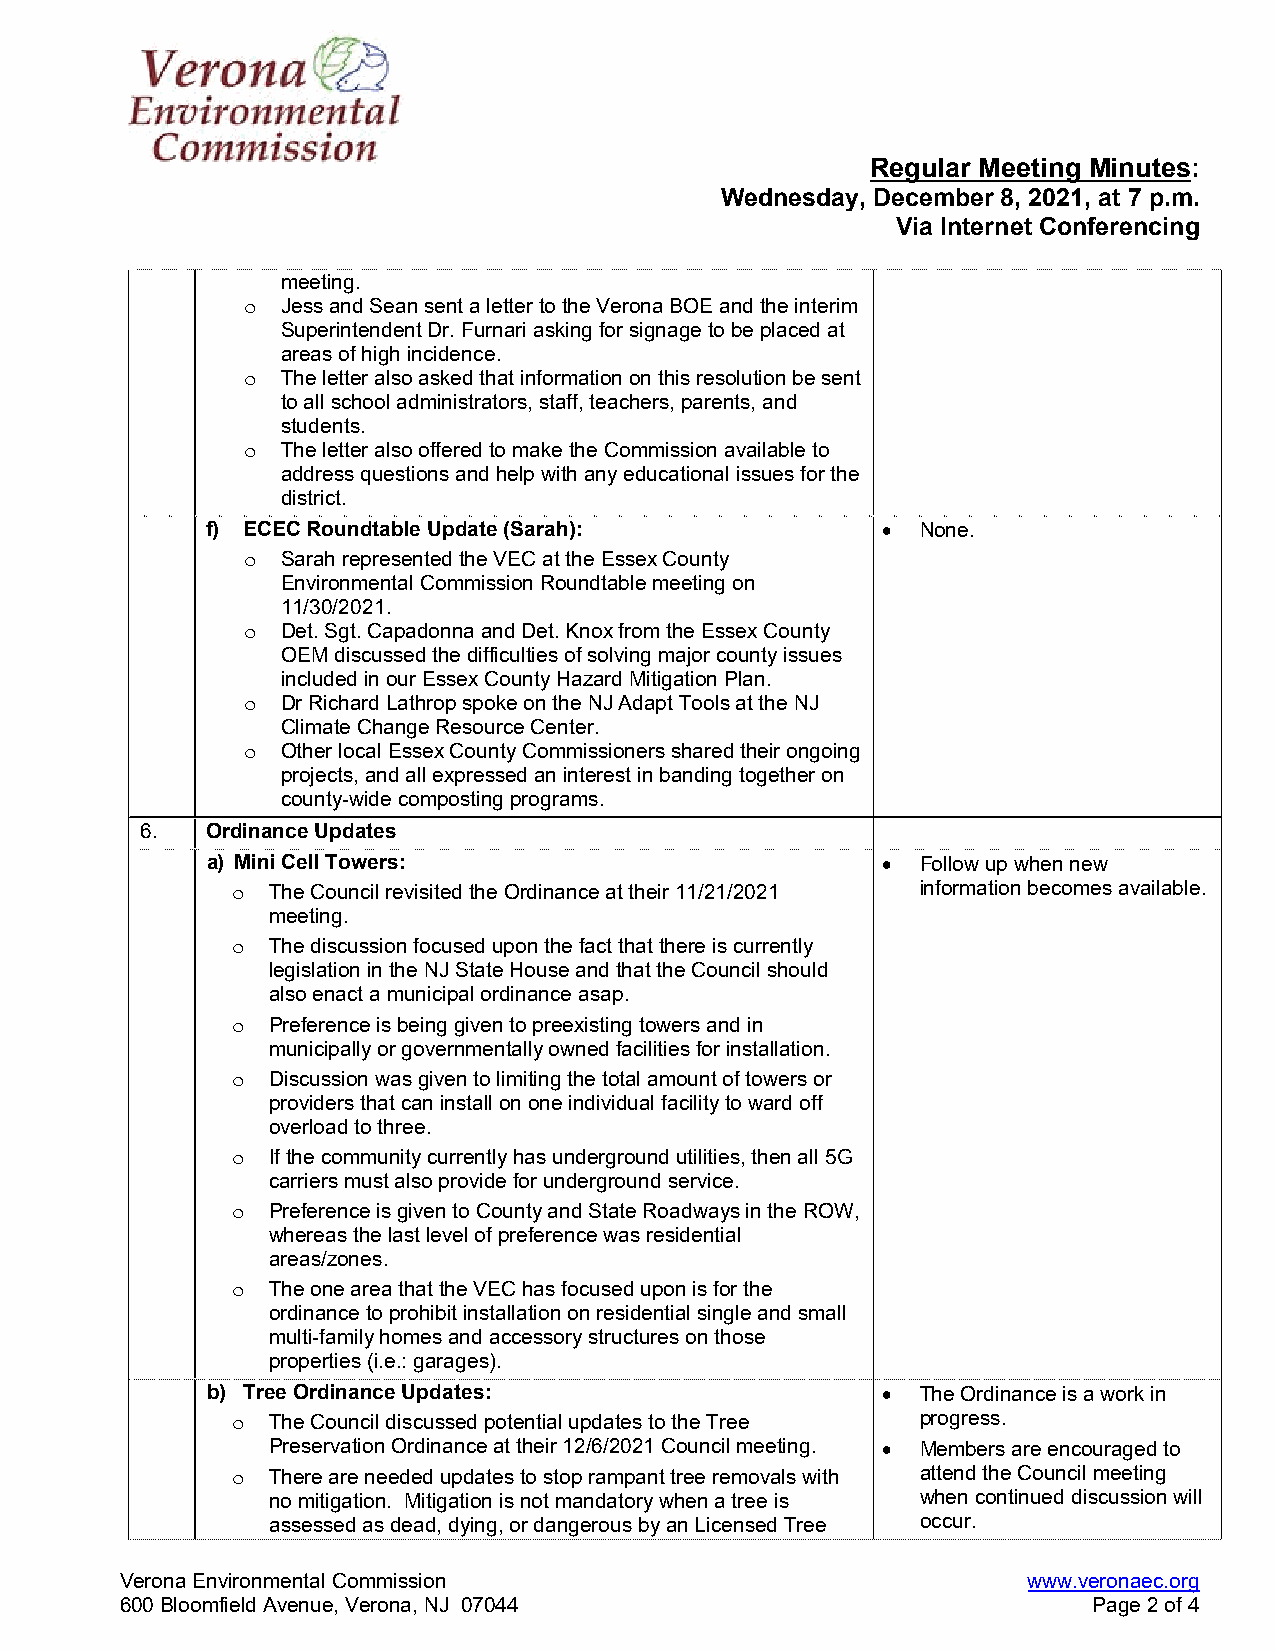
Regular Meeting Minutes:
 Wednesday, December 8, 2021, at 7 p.m.
 Via Internet Conferencing
 meeting.
 o  Jess and Sean sent a letter to the Verona BOE and the interim
 Superintendent Dr. Furnari asking for signage to be placed at
 areas of high incidence.
 o  The letter also asked that information on this resolution be sent
 to all school administrators, staff, teachers, parents, and
 students.
 o  The letter also offered to make the Commission available to
 address questions and help with any educational issues for the
 district.
 f) ECEC Roundtable Update (Sarah):            None.
 o  Sarah represented the VEC at the Essex County
 Environmental Commission Roundtable meeting on
 11/30/2021.
 o  Det. Sgt. Capadonna and Det. Knox from the Essex County
 OEM discussed the difficulties of solving major county issues
 included in our Essex County Hazard Mitigation Plan.
 o  Dr Richard Lathrop spoke on the NJ Adapt Tools at the NJ
 Climate Change Resource Center.
 o  Other local Essex County Commissioners shared their ongoing
 projects, and all expressed an interest in banding together on
 county-wide composting programs.
 6.   Ordinance Updates
 a) Mini Cell Towers:                          Follow up when new
 o  The Council revisited the Ordinance at their 11/21/2021 information becomes available.
 meeting.
 o  The discussion focused upon the fact that there is currently
 legislation in the NJ State House and that the Council should
 also enact a municipal ordinance asap.
 o  Preference is being given to preexisting towers and in
 municipally or governmentally owned facilities for installation.
 o  Discussion was given to limiting the total amount of towers or
 providers that can install on one individual facility to ward off
 overload to three.
 o  If the community currently has underground utilities, then all 5G
 carriers must also provide for underground service.
 o  Preference is given to County and State Roadways in the ROW,
 whereas the last level of preference was residential
 areas/zones.
 o  The one area that the VEC has focused upon is for the
 ordinance to prohibit installation on residential single and small
 multi-family homes and accessory structures on those
 properties (i.e.: garages).
 b) Tree Ordinance Updates:                    The Ordinance is a work in
 o  The Council discussed potential updates to the Tree progress.
 Preservation Ordinance at their 12/6/2021 Council meeting.  Members are encouraged to
 o  There are needed updates to stop rampant tree removals with attend the Council meeting
 no mitigation. Mitigation is not mandatory when a tree is when continued discussion will
 assessed as dead, dying, or dangerous by an Licensed Tree occur.
 Verona Environmental Commission                             www.veronaec.org
 600 Bloomfield Avenue, Verona, NJ 07044                         Page 2 of 4